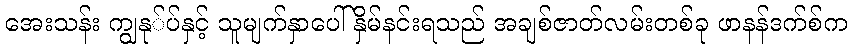
အေးသန်း ကျွနု်ပ်နှင့် သူမျက်နှာပေါ် နှိမ်နင်းရသည် အချစ်ဇာတ်လမ်းတစ်ခု ဖာနန်ဒက်စ်က